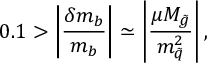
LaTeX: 0 . 1 > \left| { \frac { \delta m _ { b } } { m _ { b } } } \right| \simeq \left| { \frac { \mu M _ { \tilde { g } } } { m _ { \tilde { q } } ^ { 2 } } } \right| ,